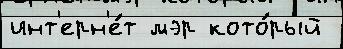
инт'ерн'е́т мэр кото́рый